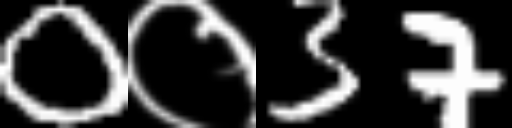
Text: 0०37